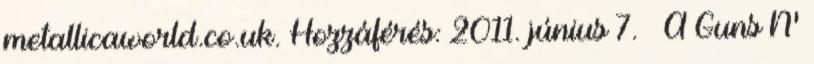
metallicaworld.co.uk. Hozzáférés: 2011. június 7. ↑ A Guns N'